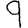
Digit: 9